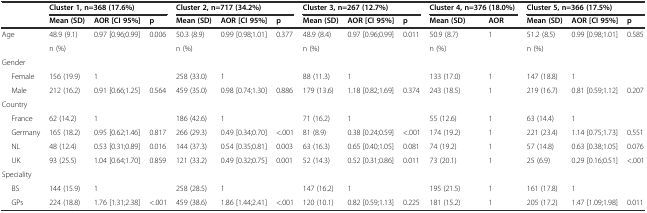
<table><thead><tr><td>[EMPTY_CELL]</td><td colspan="3"><b>Cluster 1, n=368 (17.6%)</b></td><td colspan="3"><b>Cluster 2, n=717 (34.2%)</b></td><td colspan="3"><b>Cluster 3, n=267 (12.7%)</b></td><td colspan="2"><b>Cluster 4, n=376 (18.0%)</b></td><td colspan="3"><b>Cluster 5, n=366 (17.5%)</b></td></tr><tr><td>[EMPTY_CELL]</td><td><b>Mean (SD)</b></td><td><b>AOR [CI 95%]</b></td><td><b>p</b></td><td><b>Mean (SD)</b></td><td><b>AOR [CI 95%]</b></td><td><b>p</b></td><td><b>Mean (SD)</b></td><td><b>AOR [CI 95%]</b></td><td><b>p</b></td><td><b>Mean (SD)</b></td><td><b>AOR</b></td><td><b>Mean (SD)</b></td><td><b>AOR [CI 95%]</b></td><td><b>p</b></td></tr></thead><tbody><tr><td>Age</td><td>48.9 (9.1)</td><td>0.97 [0.96;0.99]</td><td>0.006</td><td>50.3 (8.9)</td><td>0.99 [0.98;1.01]</td><td>0.377</td><td>48.9 (8.4)</td><td>0.97 [0.96;0.99]</td><td>0.011</td><td>50.9 (8.7)</td><td>1</td><td>51.2 (8.5)</td><td>0.99 [0.98;1.01]</td><td>0.585</td></tr><tr><td>[EMPTY_CELL]</td><td>n (%)</td><td>[EMPTY_CELL]</td><td>[EMPTY_CELL]</td><td>n (%)</td><td>[EMPTY_CELL]</td><td>[EMPTY_CELL]</td><td>n (%)</td><td>[EMPTY_CELL]</td><td>[EMPTY_CELL]</td><td>n (%)</td><td>[EMPTY_CELL]</td><td>n (%)</td><td>[EMPTY_CELL]</td><td>[EMPTY_CELL]</td></tr><tr><td>Gender</td><td>[EMPTY_CELL]</td><td>[EMPTY_CELL]</td><td>[EMPTY_CELL]</td><td>[EMPTY_CELL]</td><td>[EMPTY_CELL]</td><td>[EMPTY_CELL]</td><td>[EMPTY_CELL]</td><td>[EMPTY_CELL]</td><td>[EMPTY_CELL]</td><td>[EMPTY_CELL]</td><td>[EMPTY_CELL]</td><td>[EMPTY_CELL]</td><td>[EMPTY_CELL]</td><td>[EMPTY_CELL]</td></tr><tr><td>Female</td><td>156 (19.9)</td><td>1</td><td>[EMPTY_CELL]</td><td>258 (33.0)</td><td>1</td><td>[EMPTY_CELL]</td><td>88 (11.3)</td><td>1</td><td>[EMPTY_CELL]</td><td>133 (17.0)</td><td>1</td><td>147 (18.8)</td><td>1</td><td>[EMPTY_CELL]</td></tr><tr><td>Male</td><td>212 (16.2)</td><td>0.91 [0.66;1.25]</td><td>0.564</td><td>459 (35.0)</td><td>0.98 [0.74;1.30]</td><td>0.886</td><td>179 (13.6)</td><td>1.18 [0.82;1.69]</td><td>0.374</td><td>243 (18.5)</td><td>1</td><td>219 (16.7)</td><td>0.81 [0.59;1.12]</td><td>0.207</td></tr><tr><td>Country</td><td>[EMPTY_CELL]</td><td>[EMPTY_CELL]</td><td>[EMPTY_CELL]</td><td>[EMPTY_CELL]</td><td>[EMPTY_CELL]</td><td>[EMPTY_CELL]</td><td>[EMPTY_CELL]</td><td>[EMPTY_CELL]</td><td>[EMPTY_CELL]</td><td>[EMPTY_CELL]</td><td>[EMPTY_CELL]</td><td>[EMPTY_CELL]</td><td>[EMPTY_CELL]</td><td>[EMPTY_CELL]</td></tr><tr><td>France</td><td>62 (14.2)</td><td>1</td><td>[EMPTY_CELL]</td><td>186 (42.6)</td><td>1</td><td>[EMPTY_CELL]</td><td>71 (16.2)</td><td>1</td><td>[EMPTY_CELL]</td><td>55 (12.6)</td><td>1</td><td>63 (14.4)</td><td>1</td><td>[EMPTY_CELL]</td></tr><tr><td>Germany</td><td>165 (18.2)</td><td>0.95 [0.62;1.46]</td><td>0.817</td><td>266 (29.3)</td><td>0.49 [0.34;0.70]</td><td>&lt;.001</td><td>81 (8.9)</td><td>0.38 [0.24;0.59]</td><td>&lt;.001</td><td>174 (19.2)</td><td>1</td><td>221 (23.4)</td><td>1.14 [0.75;1.73]</td><td>0.551</td></tr><tr><td>NL</td><td>48 (12.4)</td><td>0.53 [0.31;0.89]</td><td>0.016</td><td>144 (37.3)</td><td>0.54 [0.35;0.81]</td><td>0.003</td><td>63 (16.3)</td><td>0.65 [0.40;1.05]</td><td>0.081</td><td>74 (19.2)</td><td>1</td><td>57 (14.8)</td><td>0.63 [0.38;1.05]</td><td>0.076</td></tr><tr><td>UK</td><td>93 (25.5)</td><td>1.04 [0.64;1.70]</td><td>0.859</td><td>121 (33.2)</td><td>0.49 [0.32;0.75]</td><td>0.001</td><td>52 (14.3)</td><td>0.52 [0.31;0.86]</td><td>0.011</td><td>73 (20.1)</td><td>1</td><td>25 (6.9)</td><td>0.29 [0.16;0.51]</td><td>&lt;.001</td></tr><tr><td>Speciality</td><td>[EMPTY_CELL]</td><td>[EMPTY_CELL]</td><td>[EMPTY_CELL]</td><td>[EMPTY_CELL]</td><td>[EMPTY_CELL]</td><td>[EMPTY_CELL]</td><td>[EMPTY_CELL]</td><td>[EMPTY_CELL]</td><td>[EMPTY_CELL]</td><td>[EMPTY_CELL]</td><td>[EMPTY_CELL]</td><td>[EMPTY_CELL]</td><td>[EMPTY_CELL]</td><td>[EMPTY_CELL]</td></tr><tr><td>BS</td><td>144 (15.9)</td><td>1</td><td>[EMPTY_CELL]</td><td>258 (28.5)</td><td>1</td><td>[EMPTY_CELL]</td><td>147 (16.2)</td><td>1</td><td>[EMPTY_CELL]</td><td>195 (21.5)</td><td>1</td><td>161 (17.8)</td><td>1</td><td>[EMPTY_CELL]</td></tr><tr><td>GPs</td><td>224 (18.8)</td><td>1.76 [1.31;2.38]</td><td>&lt;.001</td><td>459 (38.6)</td><td>1.86 [1.44;2.41]</td><td>&lt;.001</td><td>120 (10.1)</td><td>0.82 [0.59;1.13]</td><td>0.225</td><td>181 (15.2)</td><td>1</td><td>205 (17.2)</td><td>1.47 [1.09;1.98]</td><td>0.011</td></tr></tbody></table>